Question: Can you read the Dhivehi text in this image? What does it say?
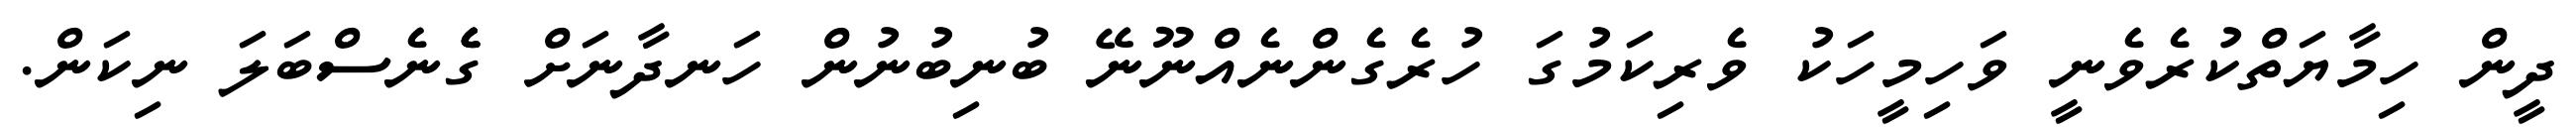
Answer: ދީން ހިމާޔަތްކުރެވެނީ ވަހިމީހަކު ވެރިކަމުގަ ހުރެގެންނެއްނޫނޭ ބުނިބުނުން ހަނދާނަށް ގެެެނެސްބަލަ ނިކަން.